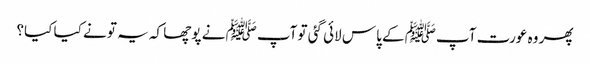
پھر وہ عورت آپﷺ کے پاس لائی گئی تو آپﷺ نے پوچھا کہ یہ تو نے کیا کیا؟